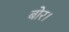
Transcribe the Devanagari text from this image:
बोर।